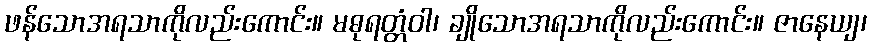
ဖန်သောအရသာကိုလည်းကောင်း။ မဓုရတ္တံဝါ၊ ချိုသောအရသာကိုလည်းကောင်း။ ဇာနေယျ၊